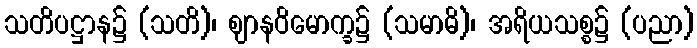
သတိပဋ္ဌာန၌ (သတိ)၊ ဈာနဝိမောက္ခ၌ (သမာဓိ)၊ အရိယသစ္စ၌ (ပညာ)